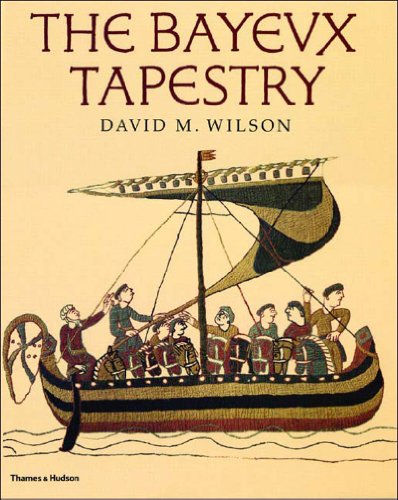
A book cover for The Bayeux Tapestry; David MacKenzie Wilson; Arts & Photography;